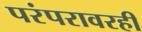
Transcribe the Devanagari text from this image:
परंपरावरही